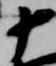
十